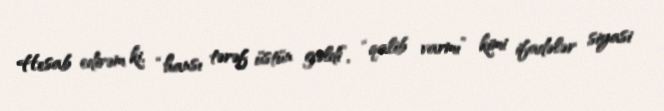
Hesab edirəm ki, “hansı tərəf üstün gəldi”, “qalib varmı” kimi ifadələr siyasi